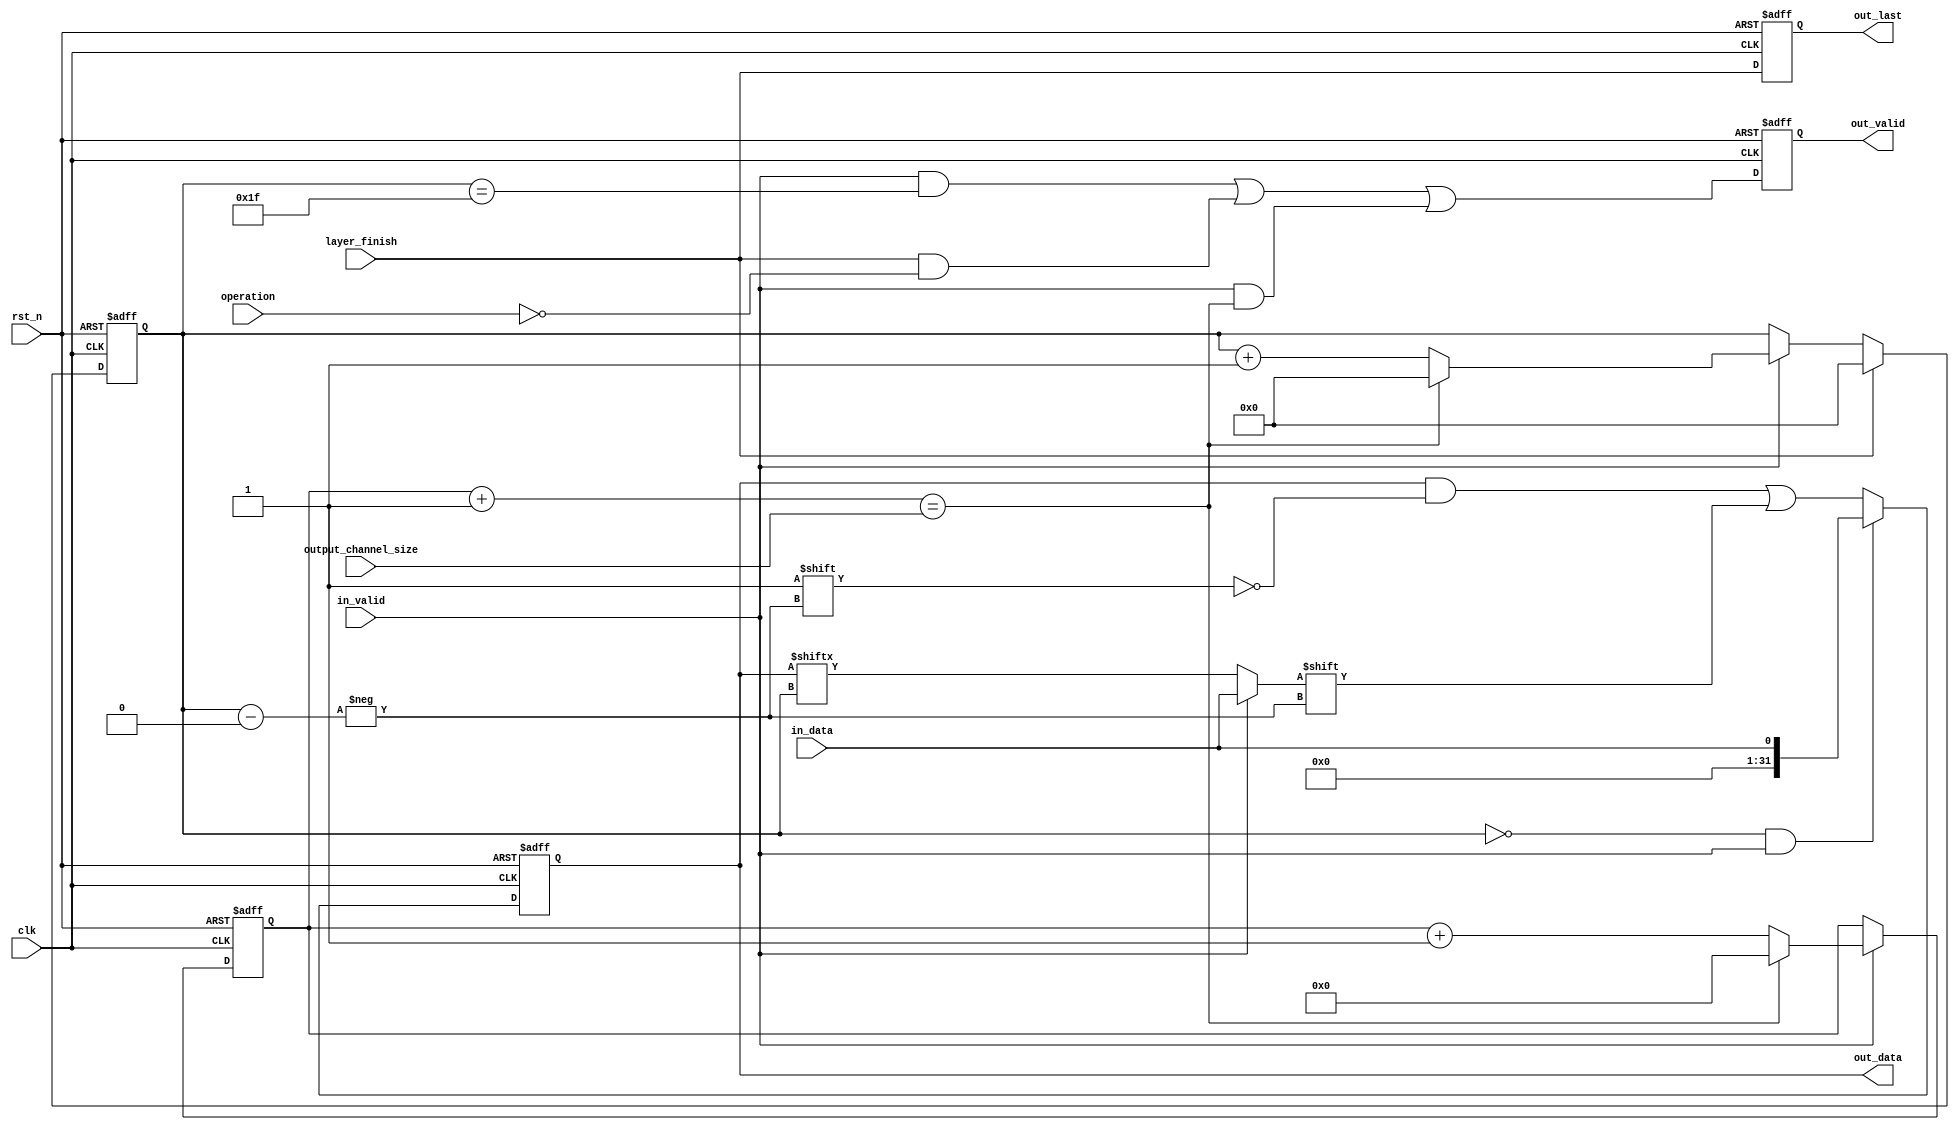
/*
	module  psum_out_data_package

	input   data from psum_adder

	output  M_AXIS data
	
	psum_adderAXIS

	psum_adder1bit1bit32bitchannelaxis_master
	input channel = 35 35psum_adder32bit3bitaxis_master

*/
`timescale  10ns / 10ns

	module psum_out_data_package #
	(
		parameter integer C_M_AXIS_TDATA_WIDTH	= 32

	)
	(
		input wire clk,
    	input wire rst_n,
        input wire [1:0] operation,
        input wire [11:0] output_channel_size,
		input wire layer_finish,
        input wire in_valid,
        input wire in_data,

        output reg out_valid,
        output reg out_last,
        output reg [C_M_AXIS_TDATA_WIDTH-1:0] out_data

	);
	//=================================================================================

	///////////////////function//////////////////////////
	function integer clogb2 (input integer bit_depth);                                   
	  begin                                                                              
	    for(clogb2=0; bit_depth>0; clogb2=clogb2+1)                                      
	      bit_depth = bit_depth >> 1;                                                    
	  end                                                                                
	endfunction  
	///////////////////localparam////////////////////////
	

	///////////////////reg//////////////////////////
    reg [8:0] output_channel_cnt;
	reg [4:0] write_ptr;
	reg write_ptr_31_buf;
	///////////////////wire//////////////////////////
	wire next_package;
	/////////////////////assign////////////////////////
	assign next_package =(output_channel_cnt+9'd1 == output_channel_size);
	///////////////////output//////////////////////////
	always @(posedge clk or negedge rst_n) begin
        if(!rst_n) begin
            out_data <= {C_M_AXIS_TDATA_WIDTH{1'd0}};
        end
        else begin
            if (write_ptr == 5'd0 && in_valid) begin
                out_data <= {31'd0,in_data};
            end
            else begin
                out_data[write_ptr] <= in_valid ? in_data : out_data[write_ptr];
            end
        end
    end

    always @(posedge clk or negedge rst_n) begin
        if(!rst_n) begin
            out_valid <= 1'd0;
        end
        else begin
            out_valid <= ((in_valid && (write_ptr == 5'd31)) || (layer_finish && (operation == 2'd0)) || (in_valid && next_package));
        end
    end
    always @(posedge clk or negedge rst_n) begin
        if(!rst_n) begin
            write_ptr_31_buf <= 1'd0;
        end
        else begin
            write_ptr_31_buf <= (write_ptr == 5'd31);
        end
    end

    always @(posedge clk or negedge rst_n) begin
        if(!rst_n) begin
            out_last <= 1'd0;
        end
        else begin
            out_last <= layer_finish;
        end
    end

	/////////////////////write_ptr///////////////////////
	always @(posedge clk or negedge rst_n) begin
        if(!rst_n) begin
            write_ptr <= 5'd0;
        end
        else begin
            write_ptr <= (layer_finish) ? 5'd0 :
                         in_valid     ? (next_package ? 5'd0 : write_ptr+5'd1) : write_ptr;
        end
    end
    ////////////////////output_channel_cnt/////////////
    always @(posedge clk or negedge rst_n) begin
        if(!rst_n) begin
            output_channel_cnt <= 9'd0;
        end
        else begin
            output_channel_cnt <=  in_valid ? (next_package ? 9'd0 : output_channel_cnt+9'd1) : output_channel_cnt;
        end
    end
	//=================================================================================
endmodule